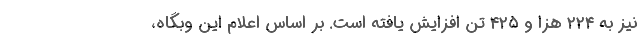
نیز به ۲۲۴ هزا و ۴۲۵ تَن افزایش یافته است. بر اساس اعلام این وبگاه،